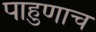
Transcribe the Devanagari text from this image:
पाहुणाच